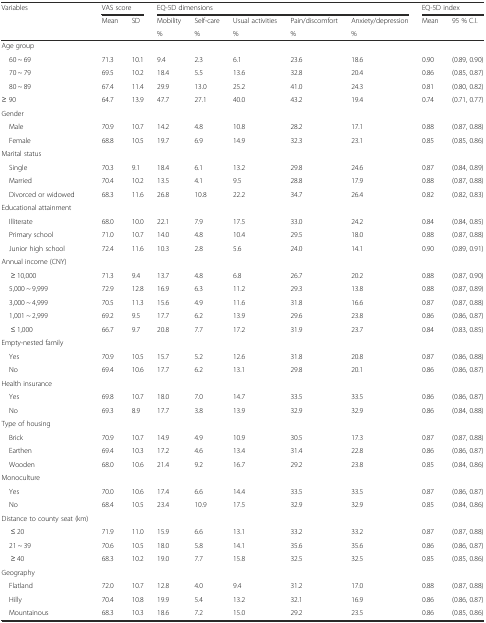
<table><thead><tr><td rowspan="3"><b>Variables</b></td><td colspan="2"><b>VAS score</b></td><td colspan="5"><b>EQ-5D dimensions</b></td><td colspan="2"><b>EQ-5D index</b></td></tr><tr><td><b>Mean</b></td><td><b>SD</b></td><td><b>Mobility</b></td><td><b>Self-care</b></td><td><b>Usual activities</b></td><td><b>Pain/discomfort</b></td><td><b>Anxiety/depression</b></td><td><b>Mean</b></td><td><b>95 % C.I.</b></td></tr><tr><td></td><td></td><td><b>%</b></td><td><b>%</b></td><td><b>%</b></td><td><b>%</b></td><td><b>%</b></td><td></td><td></td></tr></thead><tbody><tr><td>Age group</td><td></td><td></td><td></td><td></td><td></td><td></td><td></td><td></td><td></td></tr><tr><td> 60 ~ 69</td><td>71.3</td><td>10.1</td><td>9.4</td><td>2.3</td><td>6.1</td><td>23.6</td><td>18.6</td><td>0.90</td><td>(0.89, 0.90)</td></tr><tr><td> 70 ~ 79</td><td>69.5</td><td>10.2</td><td>18.4</td><td>5.5</td><td>13.6</td><td>32.8</td><td>20.4</td><td>0.86</td><td>(0.85, 0.87)</td></tr><tr><td> 80 ~ 89</td><td>67.4</td><td>11.4</td><td>29.9</td><td>13.0</td><td>25.2</td><td>41.0</td><td>24.3</td><td>0.81</td><td>(0.80, 0.82)</td></tr><tr><td>≥ 90</td><td>64.7</td><td>13.9</td><td>47.7</td><td>27.1</td><td>40.0</td><td>43.2</td><td>19.4</td><td>0.74</td><td>(0.71, 0.77)</td></tr><tr><td>Gender</td><td></td><td></td><td></td><td></td><td></td><td></td><td></td><td></td><td></td></tr><tr><td> Male</td><td>70.9</td><td>10.7</td><td>14.2</td><td>4.8</td><td>10.8</td><td>28.2</td><td>17.1</td><td>0.88</td><td>(0.87, 0.88)</td></tr><tr><td> Female</td><td>68.8</td><td>10.5</td><td>19.7</td><td>6.9</td><td>14.9</td><td>32.3</td><td>23.1</td><td>0.85</td><td>(0.85, 0.86)</td></tr><tr><td>Marital status</td><td></td><td></td><td></td><td></td><td></td><td></td><td></td><td></td><td></td></tr><tr><td> Single</td><td>70.3</td><td>9.1</td><td>18.4</td><td>6.1</td><td>13.2</td><td>29.8</td><td>24.6</td><td>0.87</td><td>(0.84, 0.89)</td></tr><tr><td> Married</td><td>70.4</td><td>10.2</td><td>13.5</td><td>4.1</td><td>9.5</td><td>28.8</td><td>17.9</td><td>0.88</td><td>(0.87, 0.88)</td></tr><tr><td> Divorced or widowed</td><td>68.3</td><td>11.6</td><td>26.8</td><td>10.8</td><td>22.2</td><td>34.7</td><td>26.4</td><td>0.82</td><td>(0.82, 0.83)</td></tr><tr><td>Educational attainment</td><td></td><td></td><td></td><td></td><td></td><td></td><td></td><td></td><td></td></tr><tr><td> Illiterate</td><td>68.0</td><td>10.0</td><td>22.1</td><td>7.9</td><td>17.5</td><td>33.0</td><td>24.2</td><td>0.84</td><td>(0.84, 0.85)</td></tr><tr><td> Primary school</td><td>71.0</td><td>10.7</td><td>14.0</td><td>4.8</td><td>10.4</td><td>29.5</td><td>18.0</td><td>0.88</td><td>(0.87, 0.88)</td></tr><tr><td> Junior high school</td><td>72.4</td><td>11.6</td><td>10.3</td><td>2.8</td><td>5.6</td><td>24.0</td><td>14.1</td><td>0.90</td><td>(0.89, 0.91)</td></tr><tr><td>Annual income (CNY)</td><td></td><td></td><td></td><td></td><td></td><td></td><td></td><td></td><td></td></tr><tr><td>≥ 10,000</td><td>71.3</td><td>9.4</td><td>13.7</td><td>4.8</td><td>6.8</td><td>26.7</td><td>20.2</td><td>0.88</td><td>(0.87, 0.90)</td></tr><tr><td> 5,000 ~ 9,999</td><td>72.9</td><td>12.8</td><td>16.9</td><td>6.3</td><td>11.2</td><td>29.3</td><td>13.8</td><td>0.88</td><td>(0.87, 0.89)</td></tr><tr><td> 3,000 ~ 4,999</td><td>70.5</td><td>11.3</td><td>15.6</td><td>4.9</td><td>11.6</td><td>31.8</td><td>16.6</td><td>0.87</td><td>(0.87, 0.88)</td></tr><tr><td> 1,001 ~ 2,999</td><td>69.2</td><td>9.5</td><td>17.7</td><td>6.2</td><td>13.9</td><td>29.6</td><td>23.8</td><td>0.86</td><td>(0.86, 0.87)</td></tr><tr><td>≤ 1,000</td><td>66.7</td><td>9.7</td><td>20.8</td><td>7.7</td><td>17.2</td><td>31.9</td><td>23.7</td><td>0.84</td><td>(0.83, 0.85)</td></tr><tr><td>Empty-nested family</td><td></td><td></td><td></td><td></td><td></td><td></td><td></td><td></td><td></td></tr><tr><td> Yes</td><td>70.9</td><td>10.5</td><td>15.7</td><td>5.2</td><td>12.6</td><td>31.8</td><td>20.8</td><td>0.87</td><td>(0.86, 0.88)</td></tr><tr><td> No</td><td>69.4</td><td>10.6</td><td>17.7</td><td>6.2</td><td>13.1</td><td>29.8</td><td>20.1</td><td>0.86</td><td>(0.86, 0.87)</td></tr><tr><td>Health insurance</td><td></td><td></td><td></td><td></td><td></td><td></td><td></td><td></td><td></td></tr><tr><td> Yes</td><td>69.8</td><td>10.7</td><td>18.0</td><td>7.0</td><td>14.7</td><td>33.5</td><td>33.5</td><td>0.86</td><td>(0.86, 0.87)</td></tr><tr><td> No</td><td>69.3</td><td>8.9</td><td>17.7</td><td>3.8</td><td>13.9</td><td>32.9</td><td>32.9</td><td>0.86</td><td>(0.84, 0.88)</td></tr><tr><td>Type of housing</td><td></td><td></td><td></td><td></td><td></td><td></td><td></td><td></td><td></td></tr><tr><td> Brick</td><td>70.9</td><td>10.7</td><td>14.9</td><td>4.9</td><td>10.9</td><td>30.5</td><td>17.3</td><td>0.87</td><td>(0.87, 0.88)</td></tr><tr><td> Earthen</td><td>69.4</td><td>10.3</td><td>17.2</td><td>4.6</td><td>13.4</td><td>31.4</td><td>22.8</td><td>0.86</td><td>(0.86, 0.87)</td></tr><tr><td> Wooden</td><td>68.0</td><td>10.6</td><td>21.4</td><td>9.2</td><td>16.7</td><td>29.2</td><td>23.8</td><td>0.85</td><td>(0.84, 0.86)</td></tr><tr><td>Monoculture</td><td></td><td></td><td></td><td></td><td></td><td></td><td></td><td></td><td></td></tr><tr><td> Yes</td><td>70.0</td><td>10.6</td><td>17.4</td><td>6.6</td><td>14.4</td><td>33.5</td><td>33.5</td><td>0.87</td><td>(0.86, 0.87)</td></tr><tr><td> No</td><td>68.4</td><td>10.5</td><td>23.4</td><td>10.9</td><td>17.5</td><td>32.9</td><td>32.9</td><td>0.85</td><td>(0.84, 0.86)</td></tr><tr><td>Distance to county seat (km)</td><td></td><td></td><td></td><td></td><td></td><td></td><td></td><td></td><td></td></tr><tr><td>≤ 20</td><td>71.9</td><td>11.0</td><td>15.9</td><td>6.6</td><td>13.1</td><td>33.2</td><td>33.2</td><td>0.87</td><td>(0.87, 0.88)</td></tr><tr><td> 21 ~ 39</td><td>70.6</td><td>10.5</td><td>18.0</td><td>5.8</td><td>14.1</td><td>35.6</td><td>35.6</td><td>0.86</td><td>(0.86, 0.87)</td></tr><tr><td>≥ 40</td><td>68.3</td><td>10.2</td><td>19.0</td><td>7.7</td><td>15.8</td><td>32.5</td><td>32.5</td><td>0.85</td><td>(0.85, 0.86)</td></tr><tr><td>Geography</td><td></td><td></td><td></td><td></td><td></td><td></td><td></td><td></td><td></td></tr><tr><td> Flatland</td><td>72.0</td><td>10.7</td><td>12.8</td><td>4.0</td><td>9.4</td><td>31.2</td><td>17.0</td><td>0.88</td><td>(0.87, 0.88)</td></tr><tr><td> Hilly</td><td>70.4</td><td>10.8</td><td>19.9</td><td>5.4</td><td>13.2</td><td>32.1</td><td>16.9</td><td>0.86</td><td>(0.86, 0.87)</td></tr><tr><td> Mountainous</td><td>68.3</td><td>10.3</td><td>18.6</td><td>7.2</td><td>15.0</td><td>29.2</td><td>23.5</td><td>0.86</td><td>(0.85, 0.86)</td></tr></tbody></table>